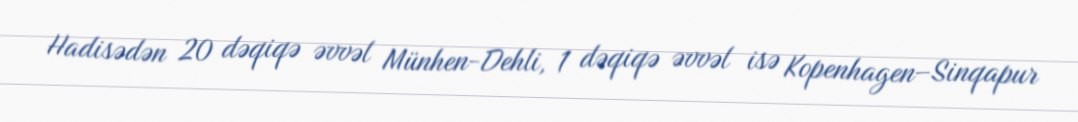
Hadisədən 20 dəqiqə əvvəl Münhen-Dehli, 1 dəqiqə əvvəl isə Kopenhagen–Sinqapur